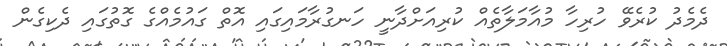
ދެމެދު ކުރެވޭ ހުރިހާ މުއާމަލާތެއް ކުރިއަށްދާނީ ހަނގުރާމައިގައި އޮތް ގައުމެއްގެ ގޮތުގައި ދެކިގެން